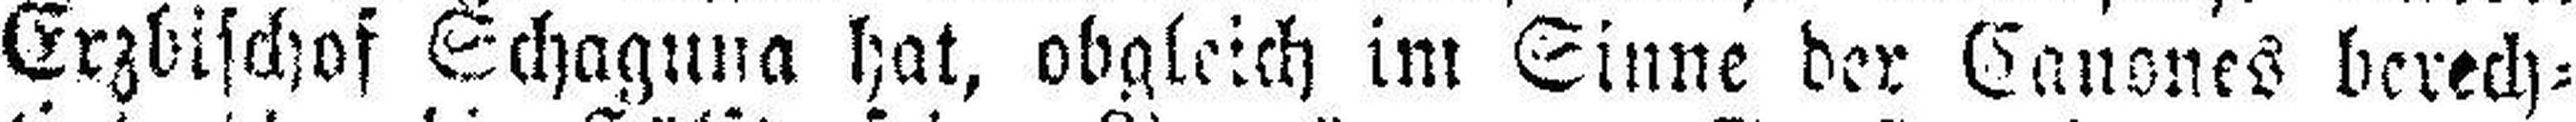
Erzbischof Schaguna hat, obgleich im Sinne der Canones berech¬